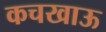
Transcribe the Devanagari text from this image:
कचखाऊ